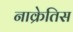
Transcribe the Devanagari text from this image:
नाक्रेतिस